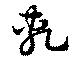
軋